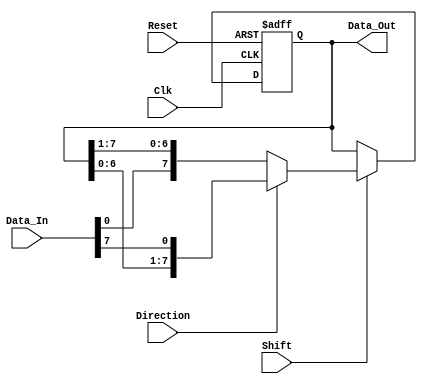
module ShiftRegister #(
    parameter N = 8 // Size of the shift register (number of bits)
)(
    input wire Clk,           // Clock signal
    input wire Reset,         // Asynchronous active-high reset
    input wire [N-1:0] Data_In, // Input data line
    input wire Shift,         // Control signal for shifting
    input wire Direction,     // Shift direction: 0 for right, 1 for left
    output reg [N-1:0] Data_Out // Output data
);

    // Asynchronous reset
    always @(posedge Clk or posedge Reset) begin
        if (Reset) begin
            Data_Out <= {N{1'b0}}; // Clear the register
        end else if (Shift) begin
            if (Direction) begin
                // Shift left
                Data_Out <= {Data_Out[N-2:0], Data_In[N-1]}; // Shift left and insert Data_In at LSB
            end else begin
                // Shift right
                Data_Out <= {Data_In[0], Data_Out[N-1:1]}; // Shift right and insert Data_In at MSB
            end
        end
    end

endmodule